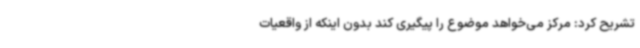
تشریح کرد: مرکز می‌خواهد موضوع را پیگیری کند بدون اینکه از واقعیات